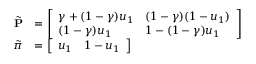
\begin{array} { r l } { \tilde { \mathbf { P } } } & { = \left[ \begin{array} { l l } { \gamma + ( 1 - \gamma ) u _ { 1 } } & { ( 1 - \gamma ) ( 1 - u _ { 1 } ) } \\ { ( 1 - \gamma ) u _ { 1 } } & { 1 - ( 1 - \gamma ) u _ { 1 } } \end{array} \right] } \\ { \tilde { \pi } } & { = \left[ \begin{array} { l l } { u _ { 1 } } & { 1 - u _ { 1 } } \end{array} \right] } \end{array}